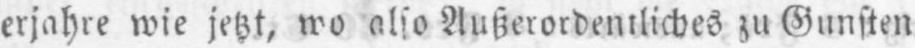
also Außerordentliches zu Gunsten